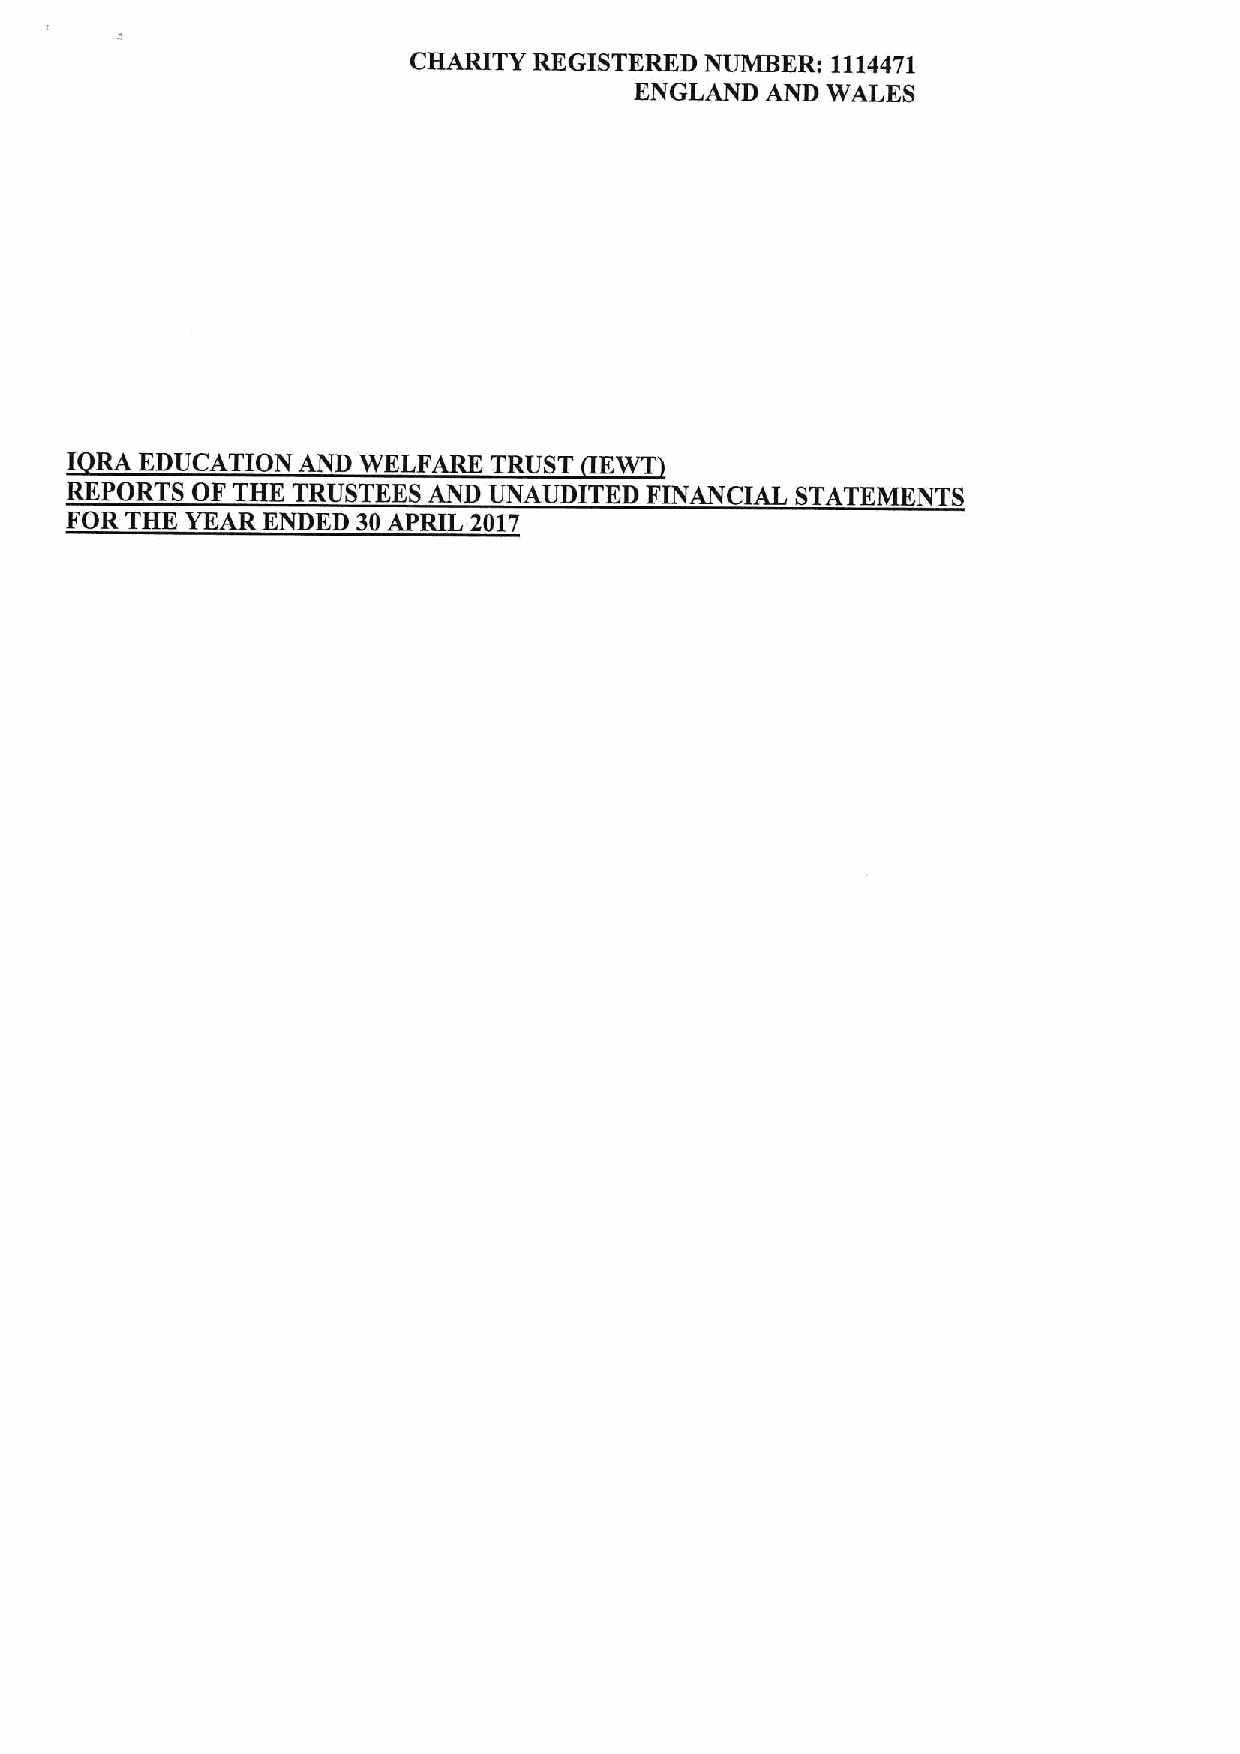
CHAtuTY REGISTERED  NUMBER: 1114471
 ENGLAND  AND WALES
 I
 RA EDUCATION  AND WELFARE TRUST   EWT
 REPORTS  OF THE TRUSTEES AND UNAUDITED FINANCIAL STATEMENTS
 FOR THE YEAR ENDED  30APRIL 2017